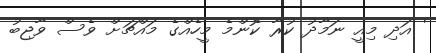
' އަދި މިއީ ނަމާދު ކުރާ ކޮންމެ މީހެއްގެ މައްޗަށް ވެސް ވާޖިބު